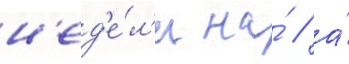
н'ед'е́л'и на́ / а́